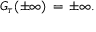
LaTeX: G _ { \tau } ( \pm \infty ) \, = \, \pm \infty .